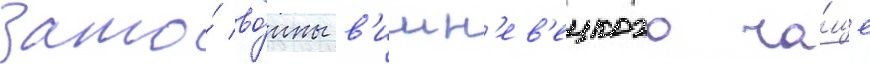
Зато́ во́ины в'ишн'ев'ецкого ча́ще